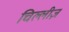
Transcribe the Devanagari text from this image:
चिल्लीज़